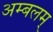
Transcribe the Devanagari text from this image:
अम्बलम्